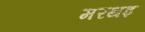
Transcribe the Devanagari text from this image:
मरथइ